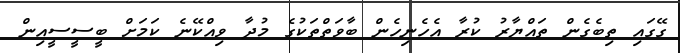
ގޭގައި ތިބެގެން ތައްޔާރު ކުރާ އެހެނިހެން ބާވަތްތަކުގެ މުދާ ވިއްކޭނެ ކަމަށް ބީސީސީއިން